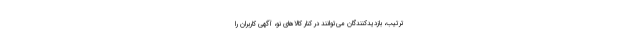
ترتیب، بازدیدکنندگان می‌توانند در کنار کالاهای نو، آگهی کاربران را